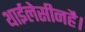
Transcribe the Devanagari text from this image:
थाईलेसीनहै।